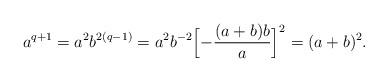
LaTeX: \begin{align*}a^{q+1}=a^2b^{2(q-1)}=a^2b^{-2}\Bigl[-\frac{(a+b)b}a\Bigr]^2=(a+b)^2.\end{align*}